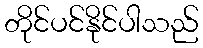
တိုင်ပင်နိုင်ပါသည်